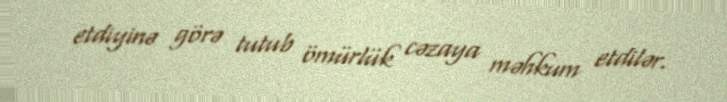
etdiyinə görə tutub ömürlük cəzaya məhkum etdilər.